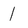
Character: 1